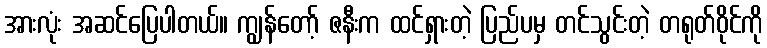
အားလုံး အဆင်ပြေပါတယ်။ ကျွန်တော့် ဇနီးက ထင်ရှားတဲ့ ပြည်ပမှ တင်သွင်းတဲ့ တရုတ်ဝိုင်ကို